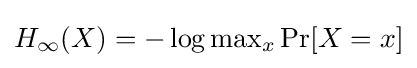
{\textstyle H_{\infty }(X)=-\log \max _{x}\Pr[X=x]}